Document type: Sale
Year: 1355
Scribe: Pere Borrell
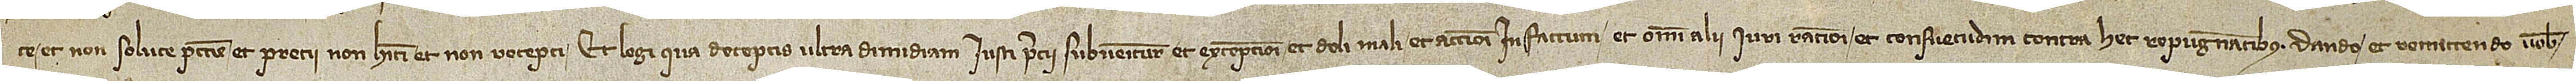
te et non solute peccunie et precii non habiti et non recepti, et legi qua deceptis ultra dimidiam iusti precii subvenitur, et excepcioni, et doli mali, et accioni in factum, et omni alii iuri, rationi et consuetudini contra hec repugnantibus. Dando et remittendo vobis